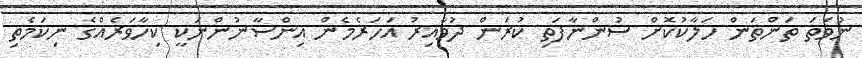
ނުވަތަ ތަންތަން ހަލާކުކޮށް ސުންނާފަތި ކުރަން ދުވާއިރު އަހަރެމެން އިންސާނުންނަކީ ކިހާވަރެއްގެ ނިކަމެތި